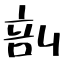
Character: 剖